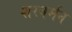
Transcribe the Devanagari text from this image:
शरवर्मन